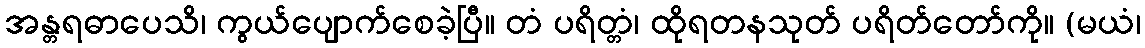
အန္တရဓာပေသိ၊ ကွယ်ပျောက်စေခဲ့ပြီ။ တံ ပရိတ္တံ၊ ထိုရတနသုတ် ပရိတ်တော်ကို။ (မယံ၊